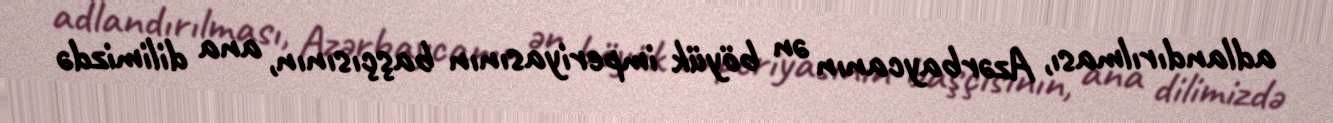
adlandırılması, Azərbaycanın ən böyük imperiyasının başçısının, ana dilimizdə